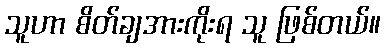
သူဟာ စိတ်ချအားကိုးရ သူ ဖြစ်တယ်။